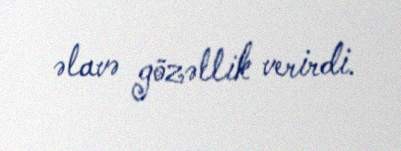
əlavə gözəllik verirdi.